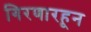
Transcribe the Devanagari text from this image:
गिरणारहून